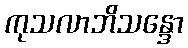
ကုသလာဘိသန္ဒော